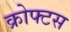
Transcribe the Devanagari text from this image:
क्रोफ्टस